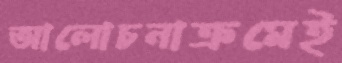
আলোচনাক্রমেই